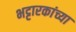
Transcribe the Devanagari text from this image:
भट्टारकांच्या